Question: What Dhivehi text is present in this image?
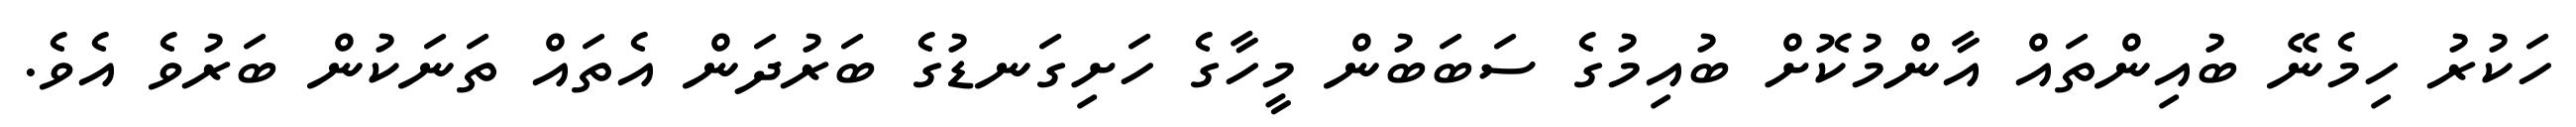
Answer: ހަކުރު ހިމެނޭ ބުއިންތައް އާންމުކޮށް ބުއިމުގެ ސަބަބުން މީހާގެ ހަށިގަނޑުގެ ބަރުދަން އެތައް ތަނަކުން ބަރުވެ އެވެ.